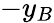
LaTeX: -y_{B}